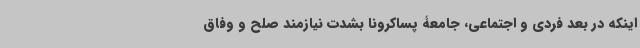
اینکه در بعد فردی و اجتماعی، جامعۀ پساکرونا بشدت نیازمند صلح و وفاق